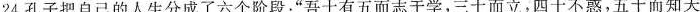
24.孔子把自己的人生分成了六个阶段：”吾十有五而志于学，三十而立，四十不惑，五十而知天